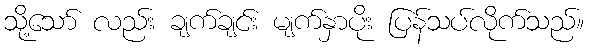
သို့သော် လည်း ချက်ချင်း မျက်နှာပိုး ပြန်သပ်လိုက်သည်။